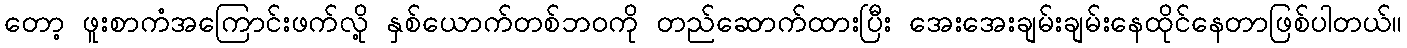
တော့ ဖူးစာကံအကြောင်းဖက်လို့ နှစ်ယောက်တစ်ဘဝကို တည်ဆောက်ထားပြီး အေးအေးချမ်းချမ်းနေထိုင်နေတာဖြစ်ပါတယ်။